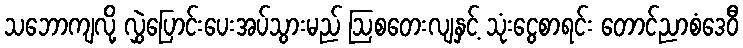
သဘောကျလို့ လွှဲပြောင်းပေးအပ်သွားမည် ဩစတေးလျနှင့် သုံးငွေစာရင်း တောင်ညာစံဒေဝီ